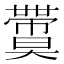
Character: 𡚙